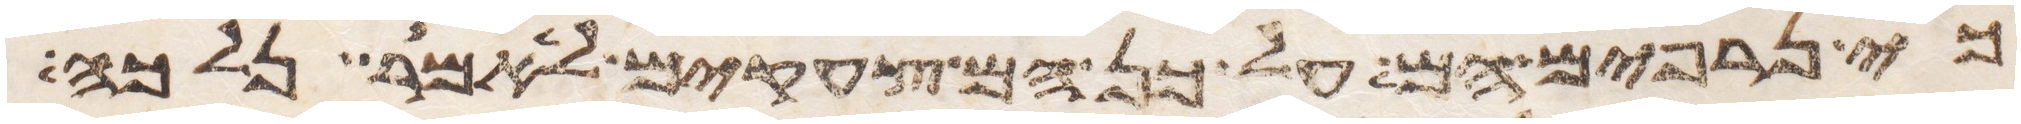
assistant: כי נרפים הם על כן הם צעקים לאמר נלכה